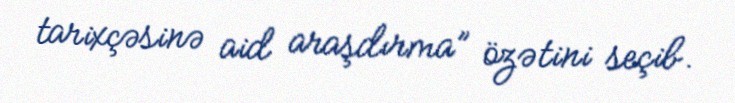
tarixçəsinə aid araşdırma” özətini seçib.